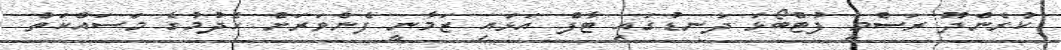
ކުރެންދޫ ރަސްމީ ފުޓްބޯޅަ ދަނޑުގައި ޓާފް އަޅައި ޒަމާނީ ފެންވަރަށް ހެދުމުގެ މަސައްކަތް